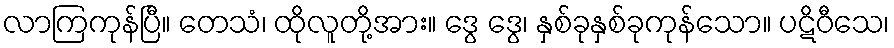
လာကြကုန်ပြီ။ တေသံ၊ ထိုလူတို့အား။ ဒွေ ဒွေ၊ နှစ်ခုနှစ်ခုကုန်သော။ ပဋိဝီသေ၊